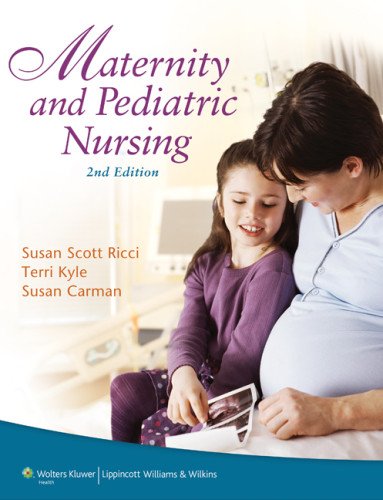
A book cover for Maternity and Pediatric Nursing 2nd Edition (Point (Lippincott Williams & Wilkins)); Susan Ricci ARNP  MSN  MEd; Medical Books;